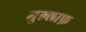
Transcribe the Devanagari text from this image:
मुल्लाफ़